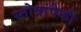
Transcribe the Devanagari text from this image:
स्तोत्रांपैकी